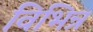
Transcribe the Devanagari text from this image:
विभिन्र